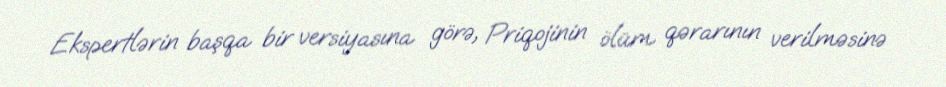
Ekspertlərin başqa bir versiyasına görə, Priqojinin ölüm qərarının verilməsinə